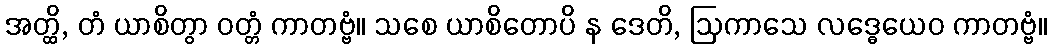
အတ္ထိ, တံ ယာစိတွာ ဝတ္တံ ကာတဗ္ဗံ။ သစေ ယာစိတောပိ န ဒေတိ, ဩကာသေ လဒ္ဓေယေဝ ကာတဗ္ဗံ။